Burma Government Medical School reports 1923-41
Year: 1923
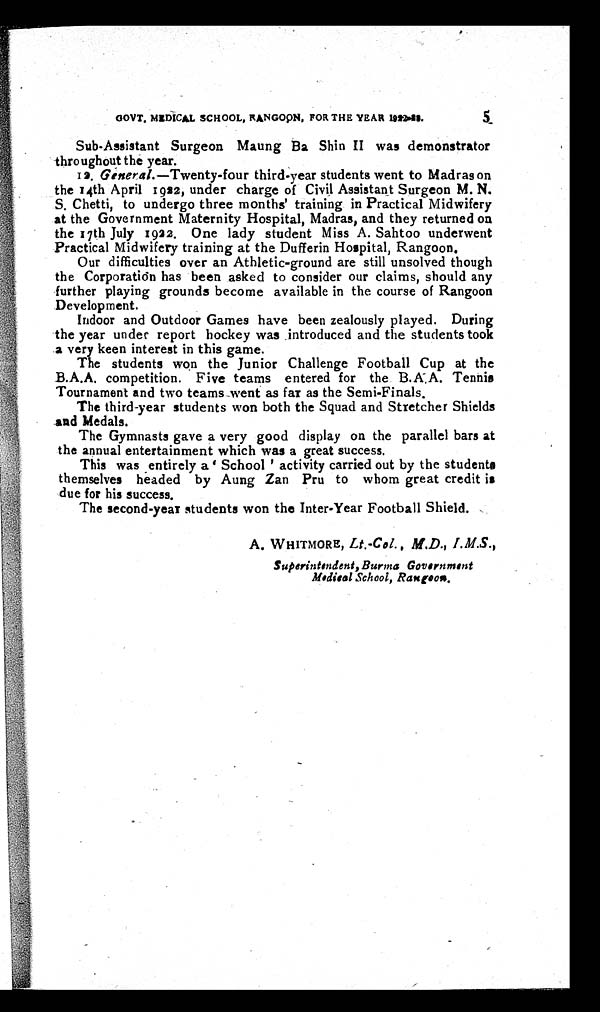
GOVT. MEDICAL SCHOOL, RANGOON, FOR THE YEAR 1922-23.
5
Sub-Assistant Surgeon Maung Ba Shin II was demonstrator
throughout the year.
12. General.—Twenty-four third-year students went to Madras on
the 14th April 1922, under charge of Civil Assistant Surgeon M. N.
S. Chetti, to undergo three months' training in Practical Midwifery
at the Government Maternity Hospital, Madras, and they returned on
the a 7th July 1922. One lady student Miss A. Sahtoo underwent
Practical Midwifery training at the Dufferin Hospital, Rangoon.
Our difficulties over an Athletic-ground are still unsolved though
the Corporation has been asked to consider our claims, should any
further playing grounds become available in the course of Rangoon
Development.
Indoor and Outdoor Games have been zealously played. During
the year under report hockey was . introduced and the students took
a very keen interest in this game.
The students won the Junior Challenge Football Cup at the
B.A.A. competition. Five teams entered for the B.A.A. Tennis
Tournament and two teams went as far as the Semi-Finals.
The third-year students won both the Squad and Stretcher Shields
and Medals.
The Gymnasts gave a very good display on the parallel bars at
the annual entertainment which was a great success.
This was entirely a 'School' activity carried out by the students
themselves headed by Aung Zan Pru to whom great credit is
due for his success.
The second-year students won the Inter-Year Football Shield.
A. WHITMORE, Lt.-Col., M.D., I.M.S.,
Superintendent, Burma Government
Medical School, Rangoon.